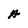
Character: A